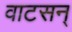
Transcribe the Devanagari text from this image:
वाटसन्